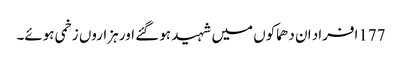
177افراد ان دھماکوں میں شہید ہو گئے اور ہزاروں زخمی ہوئے۔